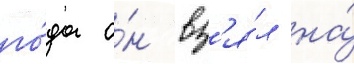
го́да о́н вз'я́л на́